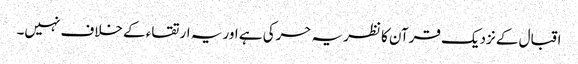
اقبال کے نزدیک قرآن کا نظریہ حرکی ہے اور یہ ارتقاء کے خلاف نہیں۔